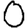
Digit: 0